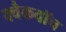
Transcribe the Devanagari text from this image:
क्वैकवॉच